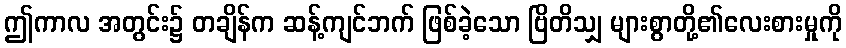
ဤကာလ အတွင်း၌ တချိန်က ဆန့်ကျင်ဘက် ဖြစ်ခဲ့သော ဗြိတိသျှ များစွာတို့၏လေးစားမှုကို